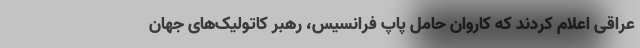
عراقی اعلام کردند که کاروان حامل پاپ فرانسیس، رهبر کاتولیک‌های جهان